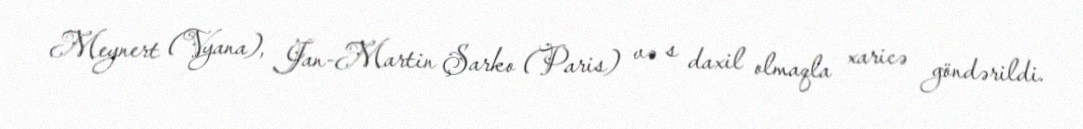
Meynert (Vyana), Jan-Martin Şarko (Paris) və s daxil olmaqla xaricə göndərildi.